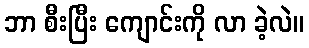
ဘာ စီးပြီး ကျောင်းကို လာ ခဲ့လဲ။